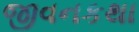
જીવનકથા